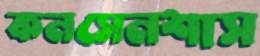
কনসেনশাস